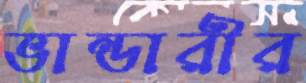
ভান্ডারীর